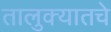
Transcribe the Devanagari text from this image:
तालुक्यातचे